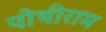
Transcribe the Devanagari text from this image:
पोथीराम